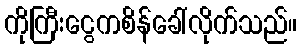
ကိုကြီးငွေကစိန်ခေါ်လိုက်သည်။